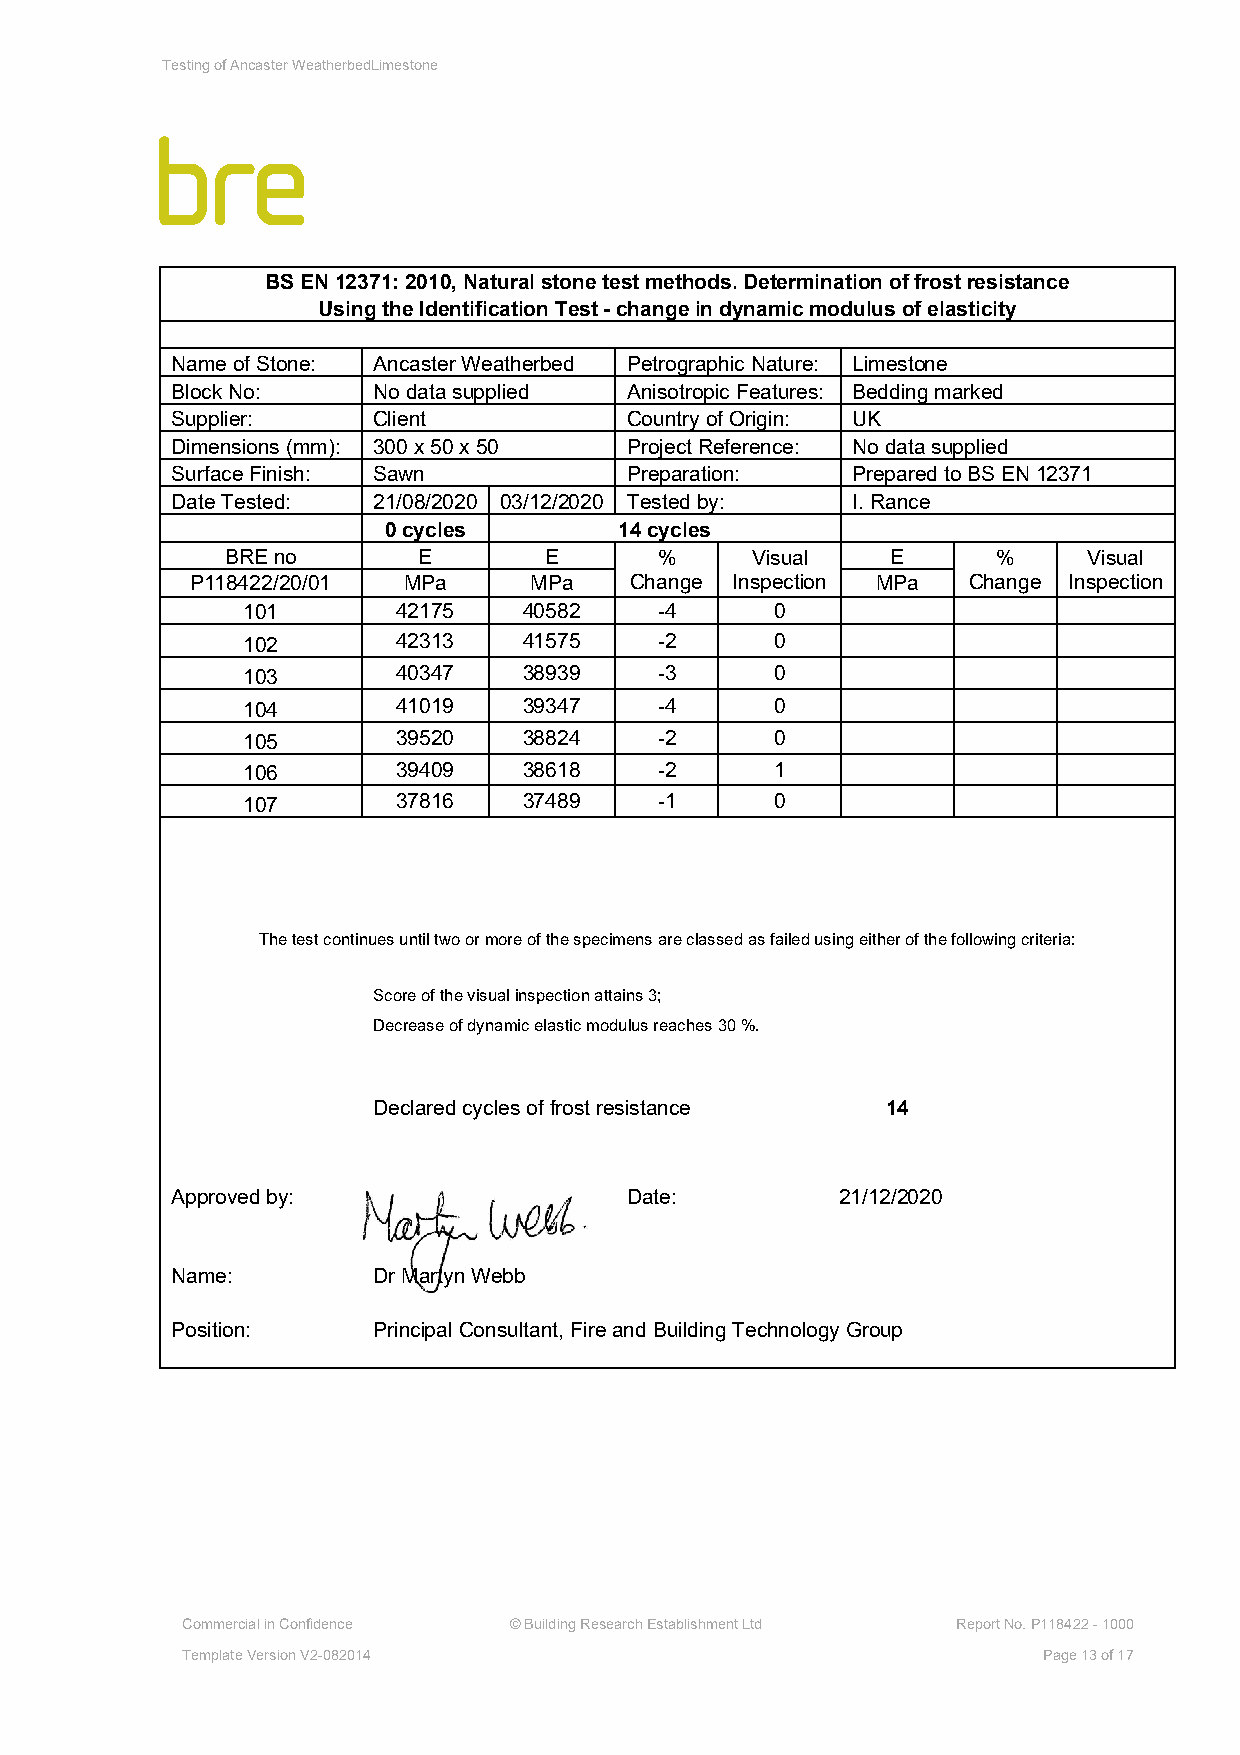
Testing of Ancaster WeatherbedLimestone
 BS EN 12371: 2010, Natural stone test methods. Determination of frost resistance
 Using the Identification Test - change in dynamic modulus of elasticity
 Name of Stone: Ancaster Weatherbed Petrographic Nature: Limestone
 Block No:     No data supplied Anisotropic Features: Bedding marked
 Supplier:     Client          Country of Origin: UK
 Dimensions (mm): 300 x 50 x 50 Project Reference: No data supplied
 Surface Finish: Sawn          Preparation:   Prepared to BS EN 12371
 Date Tested:  21/08/2020 03/12/2020 Tested by: I. Rance
 0 cycles        14 cycles
 BRE no       E       E       %     Visual   E      %     Visual
 P118422/20/01 MPa     MPa    Change Inspection MPa Change Inspection
 101       42175    40582    -4     0
 102       42313    41575    -2     0
 103       40347    38939    -3     0
 104       41019    39347    -4     0
 105       39520    38824    -2     0
 106       39409    38618    -2     1
 107       37816    37489    -1     0
 The test continues until two or more of the specimens are classed as failed using either of the following criteria:
 Score of the visual inspection attains 3;
 Decrease of dynamic elastic modulus reaches 30 %.
 Declared cycles of frost resistance 14
 Approved by:                  Date:          21/12/2020
 Name:         Dr Martyn Webb
 Position:     Principal Consultant, Fire and Building Technology Group
 Commercial in Confidence © Building Research Establishment Ltd Report No. P118422 - 1000
 Template Version V2-082014                               Page 13 of 17